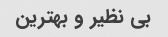
بی نظیر و بهترین